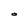
Character: O